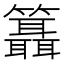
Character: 𥷨